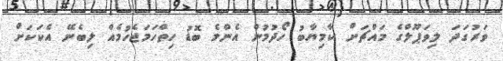
ވަރުގަދަ ލިވަޕޫލްގެ މައްޗަށް ކާމިޔާބު ހޯދުމުން އެންމެ ބޮޑު ހިތްހަމަޖެހުމެއް ލިބެނޭ އެކަކަށް